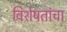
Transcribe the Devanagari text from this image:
विशेषतांचा